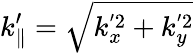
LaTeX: k_{\parallel}^{\prime}=\sqrt{k_{x}^{'2}+k_{y}^{'2}}